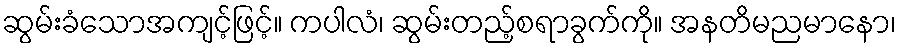
ဆွမ်းခံသောအကျင့်ဖြင့်။ ကပါလံ၊ ဆွမ်းတည့်စရာခွက်ကို။ အနတိမညမာနော၊